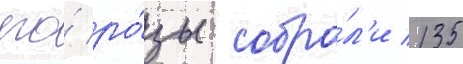
его́ ро́зы собра́л'и 135